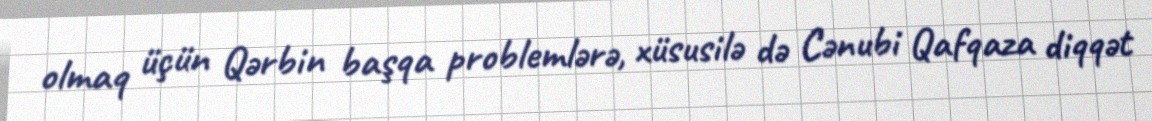
olmaq üçün Qərbin başqa problemlərə, xüsusilə də Cənubi Qafqaza diqqət